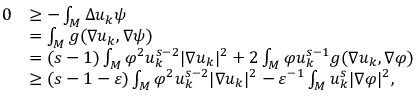
\begin{array} { r l } { 0 } & { \geq - \int _ { M } \Delta u _ { k } \psi } \\ & { = \int _ { M } g ( \nabla u _ { k } , \nabla \psi ) } \\ & { = ( s - 1 ) \int _ { M } \varphi ^ { 2 } u _ { k } ^ { s - 2 } | \nabla u _ { k } | ^ { 2 } + 2 \int _ { M } \varphi u _ { k } ^ { s - 1 } g ( \nabla u _ { k } , \nabla \varphi ) } \\ & { \ge ( s - 1 - \varepsilon ) \int _ { M } \varphi ^ { 2 } u _ { k } ^ { s - 2 } | \nabla u _ { k } | ^ { 2 } - \varepsilon ^ { - 1 } \int _ { M } u _ { k } ^ { s } | \nabla \varphi | ^ { 2 } , } \end{array}